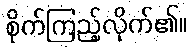
စိုက်ကြည့်လိုက်၏။